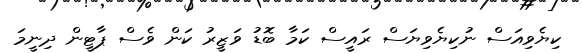
ކިޔެވިއަސް ނުކިޔެވިޔަސް ރައީސް ކަމާ ބޮޑު ވަޒީރު ކަން ވެސް ޕާޓީން ދިނީމަ